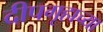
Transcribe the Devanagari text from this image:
दीपगृहाच्या